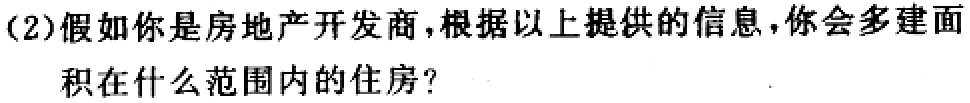
(2)假如你是房地产开发商，根据以上提供的信息，你会多建面
积在什么范围内的住房？